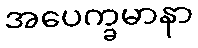
အပေက္ခမာနာ